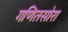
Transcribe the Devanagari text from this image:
गणितसोरा